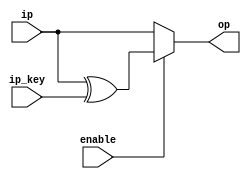
// In the AddRoundKey step, the subkey is combined with the state. For each round, a subkey is 
// derived from the main key using the Rijndael's key schedule; each subkey is the same size as the
// state. The subkey is added by combining each byte of the state with the corresponding byte of the
// subkey using bitwise XOR.
module AddRndKey_top(
    input   [127:0] ip,
    input   [127:0] ip_key,
    input   enable,
    output  [127:0] op
);

/* Bitwise XOR-ing of state and round key */
assign op = enable ? (ip ^ ip_key) : ip;

endmodule